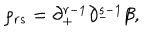
\rho _ { r s } = \partial _ { + } ^ { r - 1 } \partial _ { - } ^ { s - 1 } \beta ,